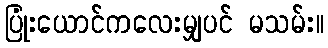
ပြုံးယောင်ကလေးမျှပင် မသမ်း။